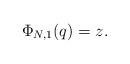
LaTeX: \begin{align*} \Phi_{N,1}(q) = z.\end{align*}